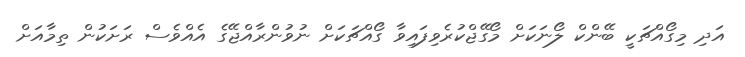
އަދި މިގޯއްޗަކީ ބޭންކް ލޯނަކަށް މޯގޭޖްކުރެވިފައިވާ ގޯއްޗަކަށް ނުވުންރާއްޖޭގެ އެއްވެސް ރަށަކުން ތިމާއަށް